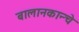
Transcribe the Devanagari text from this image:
बालानकान्चे